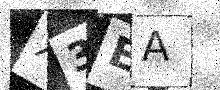
Text: X3EA